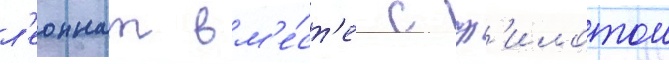
л'еоннат вм'е́ст'е с ф'илотои